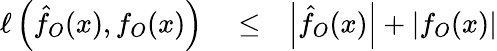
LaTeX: \begin{array}{rlr}{\ell\left(\hat{f}_{O}(x),f_{O}(x)\right)}&{{}\le}&{\left|\hat{f}_{O}(x)\right|+\left|f_{O}(x)\right|}\end{array}